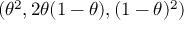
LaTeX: ( \theta ^ { 2 } , 2 \theta ( 1 - \theta ) , ( 1 - \theta ) ^ { 2 } )